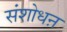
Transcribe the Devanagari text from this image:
संशोधऩ